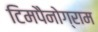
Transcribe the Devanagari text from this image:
टिमपैनोग्राम